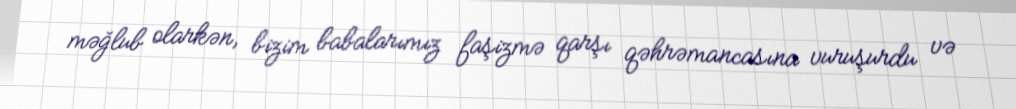
məğlub olarkən, bizim babalarımız faşizmə qarşı qəhrəmancasına vuruşurdu və